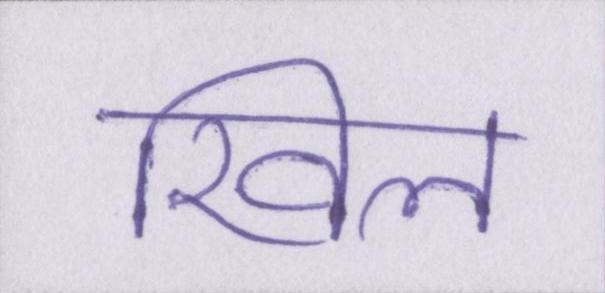
खिल